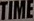
TIME